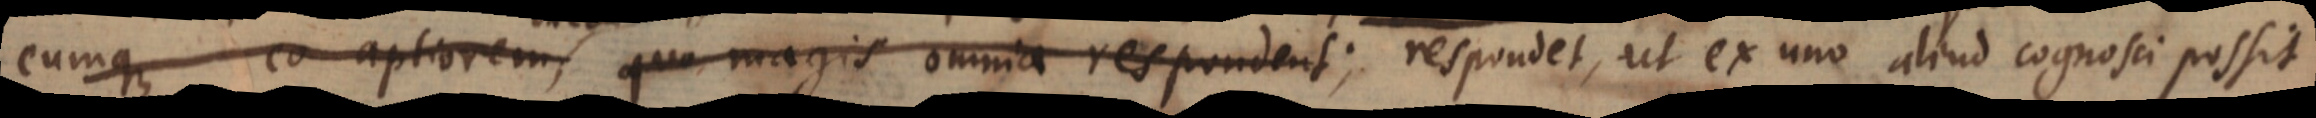
eumque eo aptiorem, quo magis omnia respondent; respondet, ut ex uno aliud cognosci possit